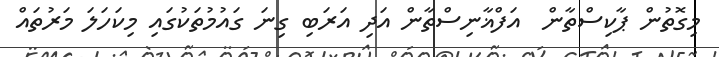
މިގޮތުން ޕާކިސްތާން  އަފްޣާނިސްތާން އަދި އަރަބި ގިނަ ގައުމުތަކުގައި މިކަހަލަ މަރުތައް